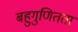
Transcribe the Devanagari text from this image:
बहुगुणितता